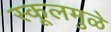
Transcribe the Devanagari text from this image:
स्कूलमुळे